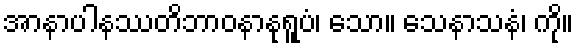
အာနာပါနဿတိဘာဝနာနုရူပံ၊ သော။ သေနာသနံ၊ ကို။